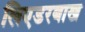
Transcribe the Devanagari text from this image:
लिएडरबाख